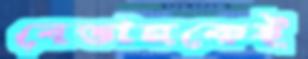
বেভানকেই